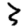
Digit: 3